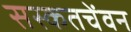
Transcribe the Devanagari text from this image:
सस्कतचेंवन